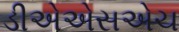
ડીએએસએચ